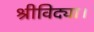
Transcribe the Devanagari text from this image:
श्रीविद्या।